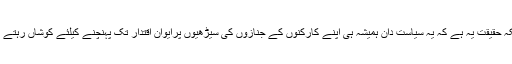
جبکہ حقیقت یہ ہے کہ یہ سیاست دان ہمیشہ ہی اپنے کارکنوں کے جنازوں کی سیڑھیوں پرایوان اقتدار تک پہنچنے کیلئے کوشاں رہتے ہیں۔